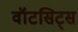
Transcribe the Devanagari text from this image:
वॉटसिट्स